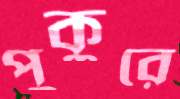
পুকুরে